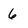
Character: 6